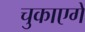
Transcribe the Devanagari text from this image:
चुकाएगें